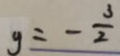
y = - \frac { 3 } { 2 }